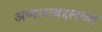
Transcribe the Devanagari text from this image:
अय्याशबद्दलच्या